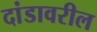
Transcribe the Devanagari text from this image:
दांडावरील